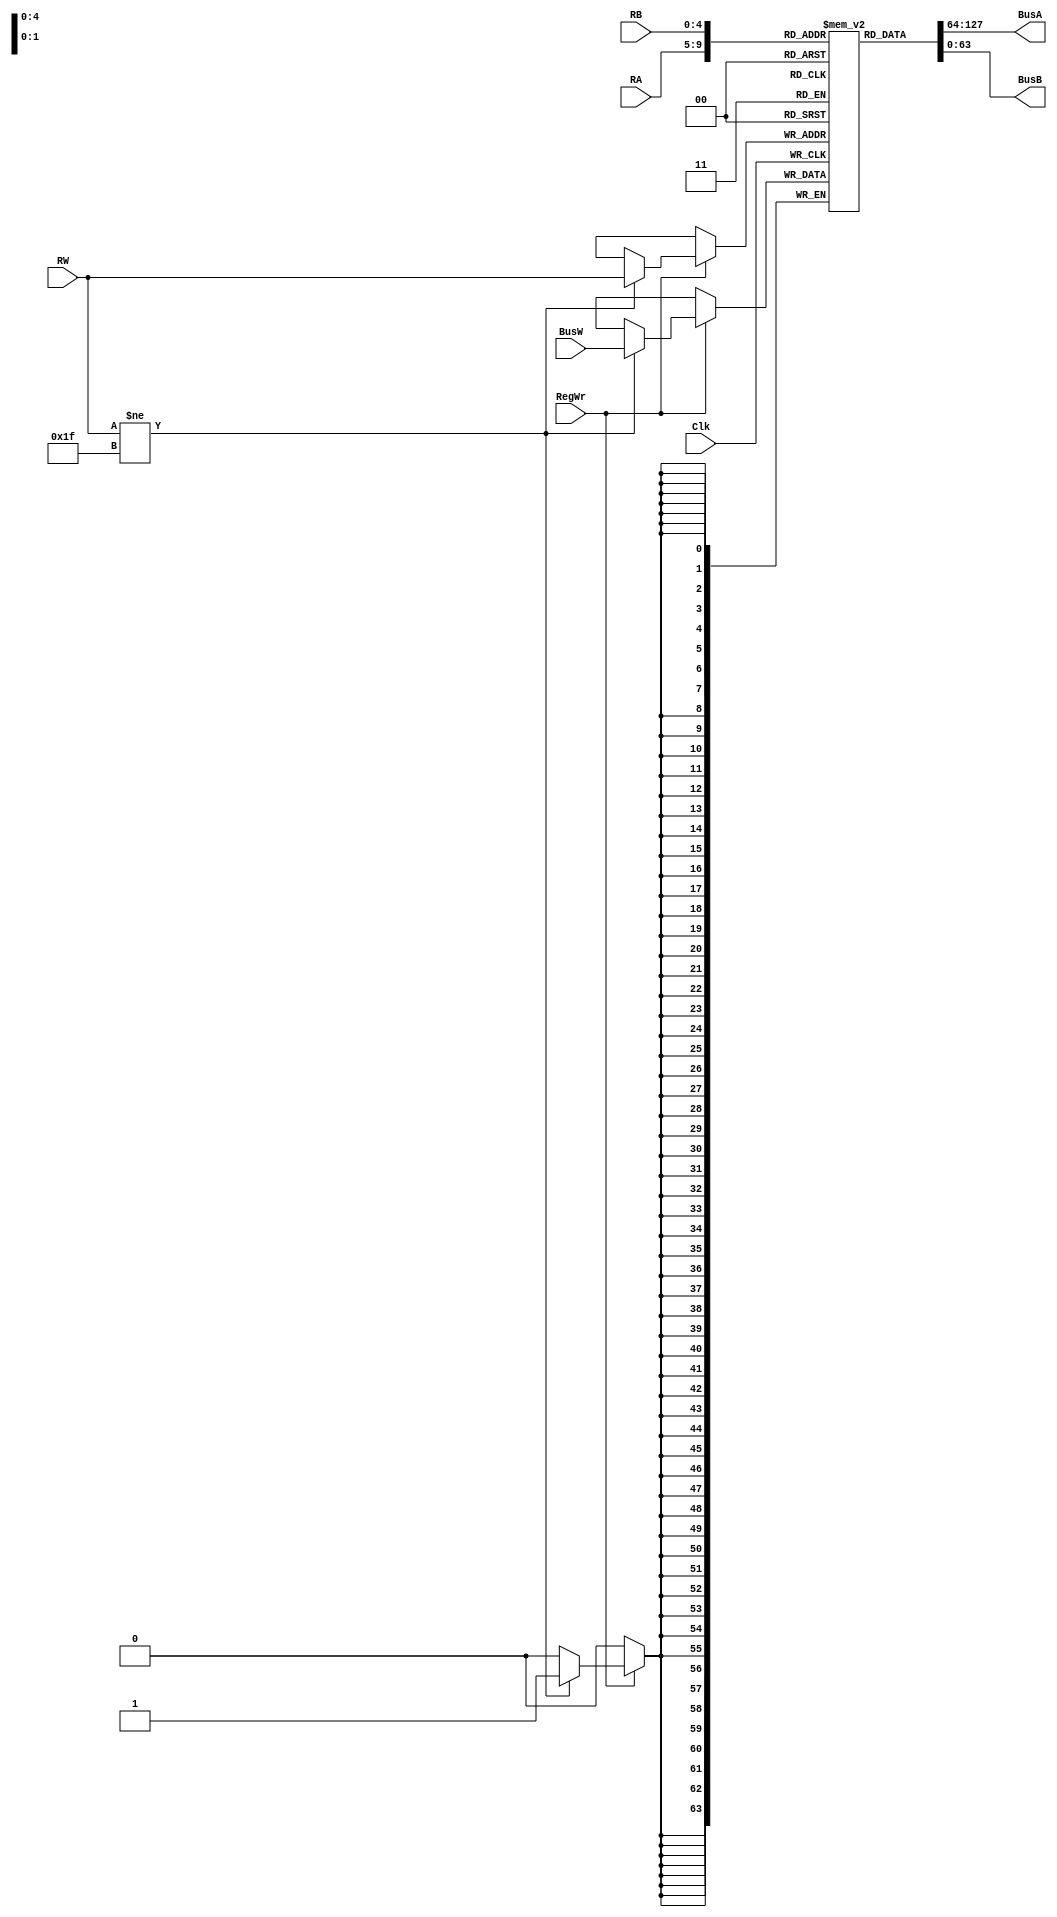
module RegisterFile(BusA, BusB, BusW, RA, RB, RW, RegWr, Clk);
	output [63:0] BusA;
	output [63:0] BusB;
	input [63:0] BusW;
	input [4:0] RA, RB, RW;
	input RegWr, Clk;
	
	reg [63:0] registers[31:0];
	integer i;
	
	initial begin								// initializing all register values to 0
		for(i = 0; i < 32; i = i + 1)
		begin
			registers[i] <= 0;
		end
	end
	
	assign #2 BusA = registers[RA];
	assign #2 BusB = registers[RB];
	
	always@ (negedge Clk) begin
		if(RegWr) begin
			if(RW != 31) begin					// cant let user change Register 31
				registers[RW] <= #3 BusW;
			end
		end
	end

endmodule